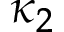
\kappa _ { 2 }